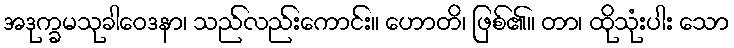
အဒုက္ခမသုခါဝေဒနာ၊ သည်လည်းကောင်း။ ဟောတိ၊ ဖြစ်၏။ တာ၊ ထိုသုံးပါး သော